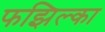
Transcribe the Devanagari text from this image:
फझिल्का